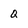
Character: Q